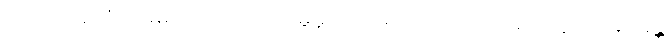
ယေဣမေ ဝံသဓမကာ၊ အကြင်မြွေမှုတ်သမားတို့သည်။ ဝံသံ၊ ပြွေကို။ ဓမေန္တိ၊